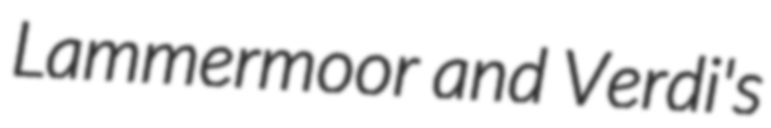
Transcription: Lammermoor and Verdi's